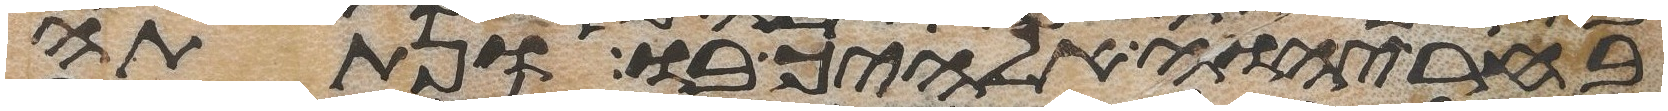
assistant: בחר יהוה אלהיך בו ונתתה